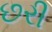
છરી